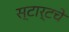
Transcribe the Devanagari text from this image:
स्टार्टचे